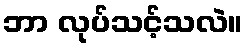
ဘာ လုပ်သင့်သလဲ။